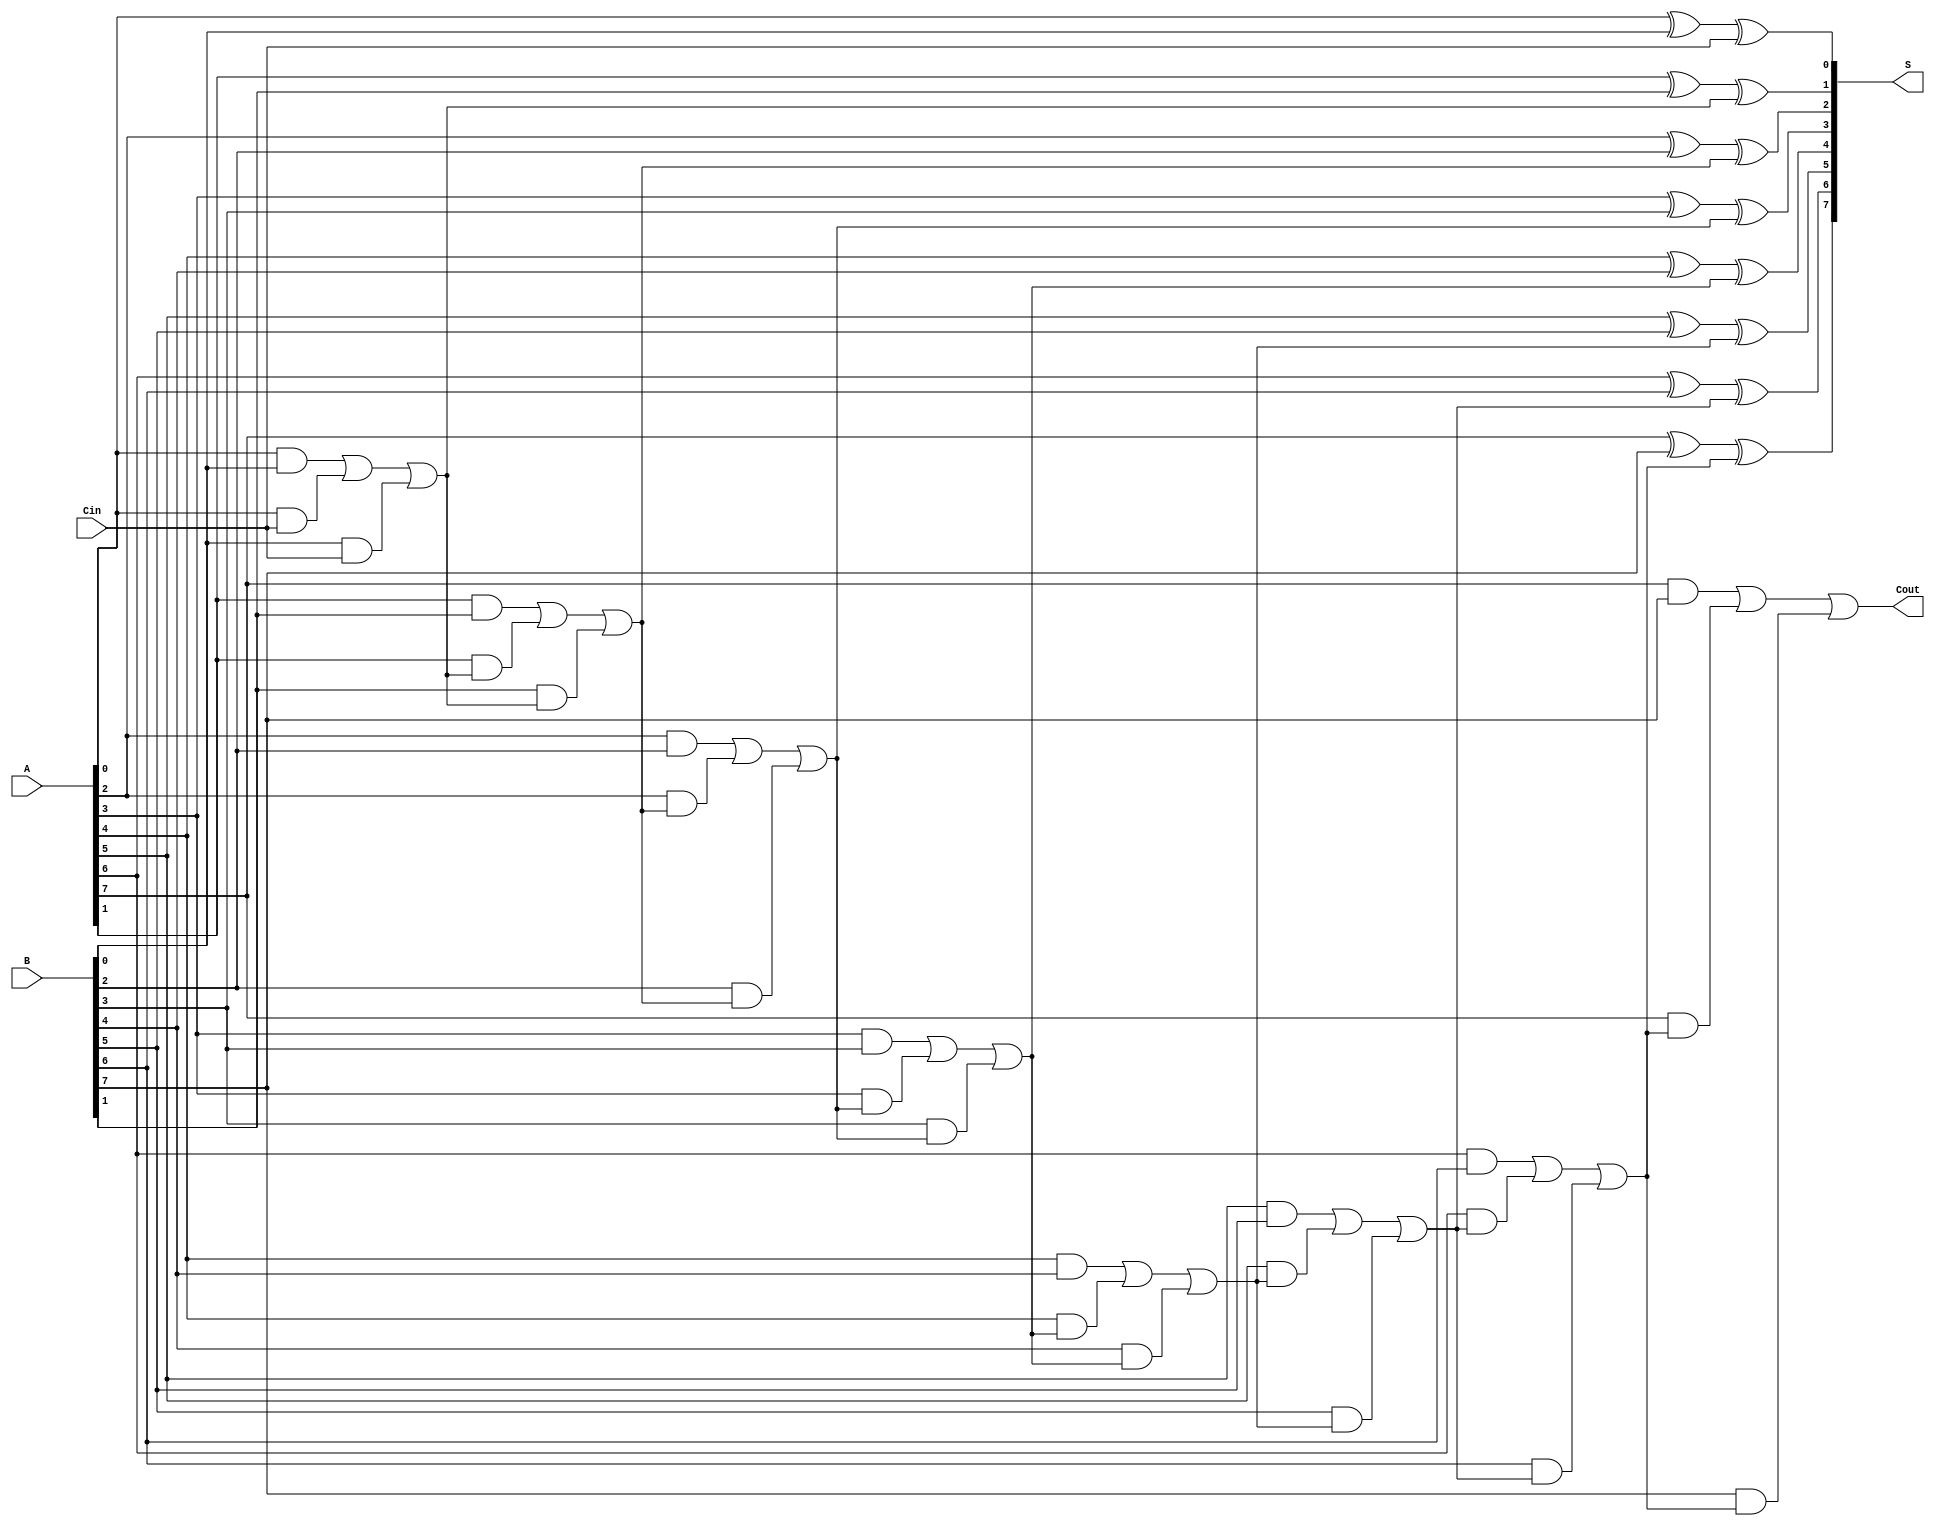
module PrecomputationCarryAdder #(parameter N = 8) (
    input  wire [N-1:0] A,      // First n-bit input
    input  wire [N-1:0] B,      // Second n-bit input
    input  wire Cin,             // Carry-in
    output wire [N-1:0] S,       // n-bit sum output
    output wire Cout             // Carry-out
);

    // Intermediate carry signals
    wire [N:0] C; // C[0] = Cin, C[1] to C[N] are carries for each bit position

    // Precompute carry values
    // C[i] = (A[i-1] & B[i-1]) | (A[i-1] & C[i-1]) | (B[i-1] & C[i-1])
    genvar i;
    generate
        assign C[0] = Cin; // Initial carry-in
        for (i = 0; i < N; i = i + 1) begin : carry_gen
            if (i == 0) begin
                assign C[i + 1] = (A[i] & B[i]) | (A[i] & C[i]) | (B[i] & C[i]);
            end else begin
                assign C[i + 1] = (A[i] & B[i]) | (A[i] & C[i]) | (B[i] & C[i]);
            end
        end
    endgenerate

    // Sum calculation
    // S[i] = A[i] ^ B[i] ^ C[i]
    generate
        for (i = 0; i < N; i = i + 1) begin : sum_calc
            assign S[i] = A[i] ^ B[i] ^ C[i];
        end
    endgenerate

    // Final carry-out
    assign Cout = C[N];

endmodule